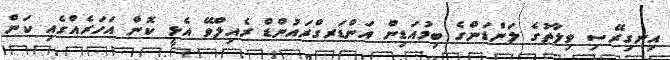
އިނގިރޭސި ވިލާތުގެ ލަންޑަންގެ ބިމުއަޑިން އަންޑަރގްރައުންޑް ރެއިލްވޭ އެޅީ ކޮން އަހަރެއްގެއި ކަން